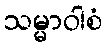
သမ္မာဝါစံ